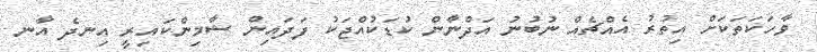
ވާހަކަތަކަށް އިތުރު އެއްޗެއް ނުބުނު އަދްނާން ކުޑަކުއްޖަކު ފަދައިން ޝާމިންކައިރީ އިނދެ އާނ